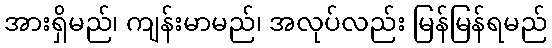
အားရှိမည်၊ ကျန်းမာမည်၊ အလုပ်လည်း မြန်မြန်ရမည်